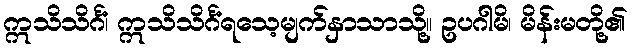
ဣသိသိင်္ဂံ၊ ဣသိသိင်္ဂံရသေ့မျက်နှာသာသို့။ ဥပဂါမိ၊ မိန်းမတို့၏